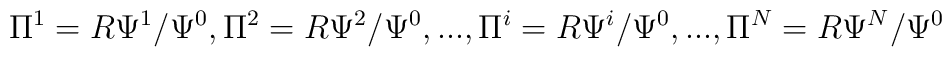
\Pi^1=R\Psi^1 / \Psi^0,\Pi^2=R\Psi^2 / \Psi^0,...,\Pi^i=R\Psi^i / \Psi^0,...,\Pi^N=R\Psi^N / \Psi^0